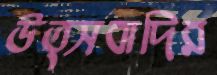
উত্সবাদির